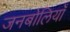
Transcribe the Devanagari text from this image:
जनबोलियाँ